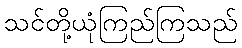
သင်တို့ယုံကြည်ကြသည်